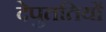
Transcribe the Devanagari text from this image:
देपुततियों